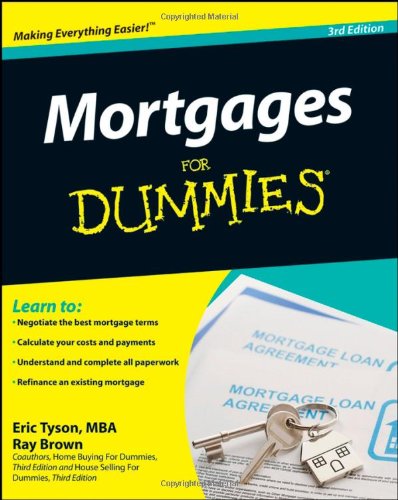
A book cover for Mortgages For Dummies, 3rd Edition; Eric Tyson; Business & Money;